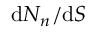
\textup d N _ { n } / \textup d S